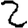
Digit: 2